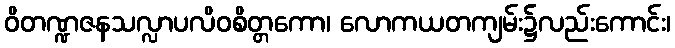
ဝိတဏ္ဍဇနသလ္လာပလိဝစိတ္တကော၊ လောကယတကျမ်း၌လည်းကောင်း၊